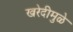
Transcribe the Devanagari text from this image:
खरेदीमुळे